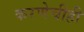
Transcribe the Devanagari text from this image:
करणेचीही